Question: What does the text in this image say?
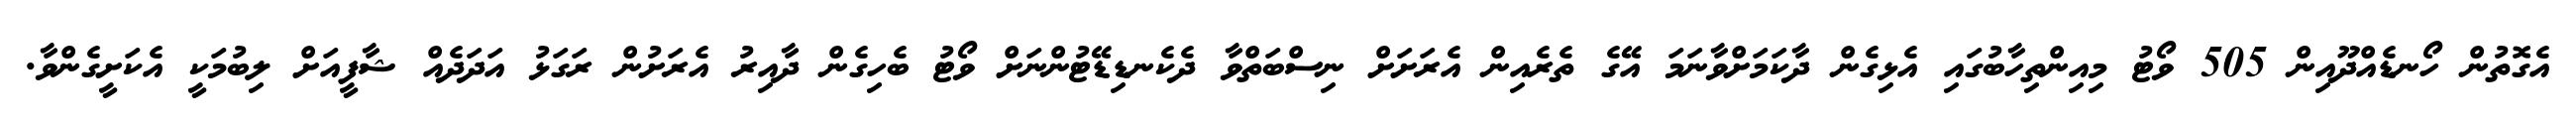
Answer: އެގޮތުން ހޯނޑެއްދޫއިން 505 ވޯޓު މިއިންތިހާބުގައި އެޅިގެން ދާކަމަށްވާނަމަ އޭގެ ތެރެއިން އެރަށަށް ނިސްބަތްވާ ދެކެނޑިޑޭޓުންނަށް ވޯޓު ބެހިގެން ދާއިރު އެރަށުން ރަގަޅު އަދަދެއް ޝާފީއަށް ލިބުމަކީ އެކަށީގެންވާ.